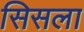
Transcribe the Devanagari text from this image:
सिसला